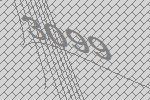
3099